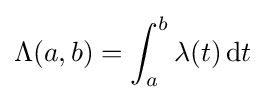
\Lambda (a,b)=\int _{a}^{b}\lambda (t)\,\mathrm {d} t